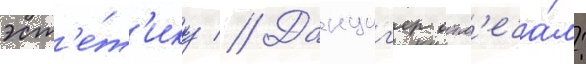
эст'е́т'ику // Данциг'ер отм'еча́л: